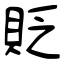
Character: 貶